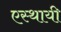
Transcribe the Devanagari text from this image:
एस्थायी